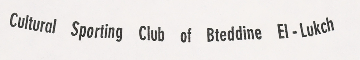
Cultural Sporting Club of Bteddine El-Lukch